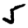
Digit: 5